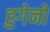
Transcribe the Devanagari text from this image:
हुगेनो